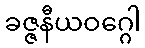
ခဇ္ဇနီယဝဂ္ဂေါ